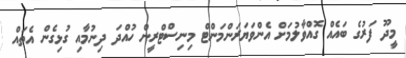
މީދޫ ފަރުގެ ބައެއް ގޮއްވާލުމަށް އެންވަޔަރަންމަންޓް މިނިސްޓްރީން ހުއްދަ ދިނުމާއި ގުޅިގެން އެތައް